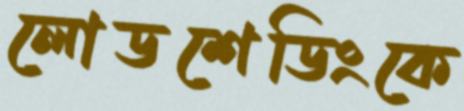
লোডশেডিংকে